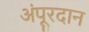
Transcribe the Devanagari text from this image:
अंपूरदान